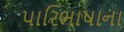
પારિભાષાના